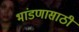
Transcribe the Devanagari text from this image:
भांडणासाठी